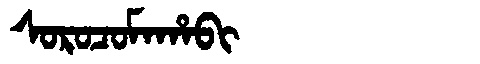
Manchu: ᠰᠣᡵᠣᠴᠣᠮᠠᡥᠠᠪᡳ
Romanization: SOROCOMAHABI